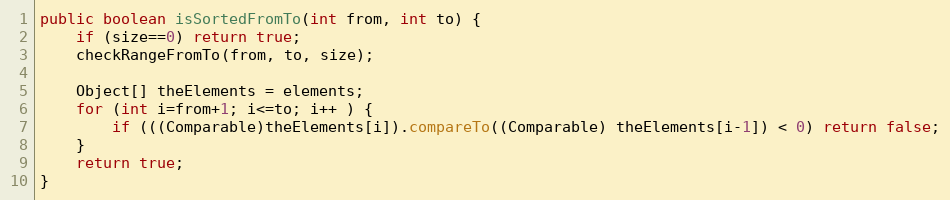
Language: Java
public boolean isSortedFromTo(int from, int to) {
	if (size==0) return true;
	checkRangeFromTo(from, to, size);

	Object[] theElements = elements;
	for (int i=from+1; i<=to; i++ ) {
		if (((Comparable)theElements[i]).compareTo((Comparable) theElements[i-1]) < 0) return false;
	}
	return true;
}